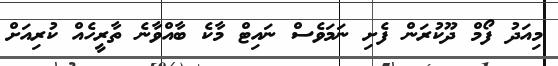
މިއަދު ފޯމް ދޫކުރަން ފެށި ނަމަވެސް ނައިޓް މާކެ ބާއްވާނެ ތާރީހެއް ކުރިއަށް